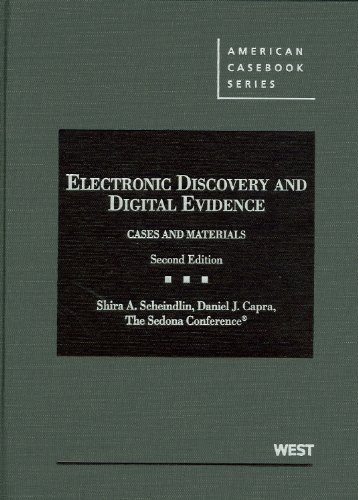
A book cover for Electronic Discovery and Digital Evidence, Cases and Materials (American Casebook Series); Shira Scheindlin; Law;